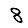
Digit: 8